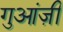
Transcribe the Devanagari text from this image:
गुआंज़ी